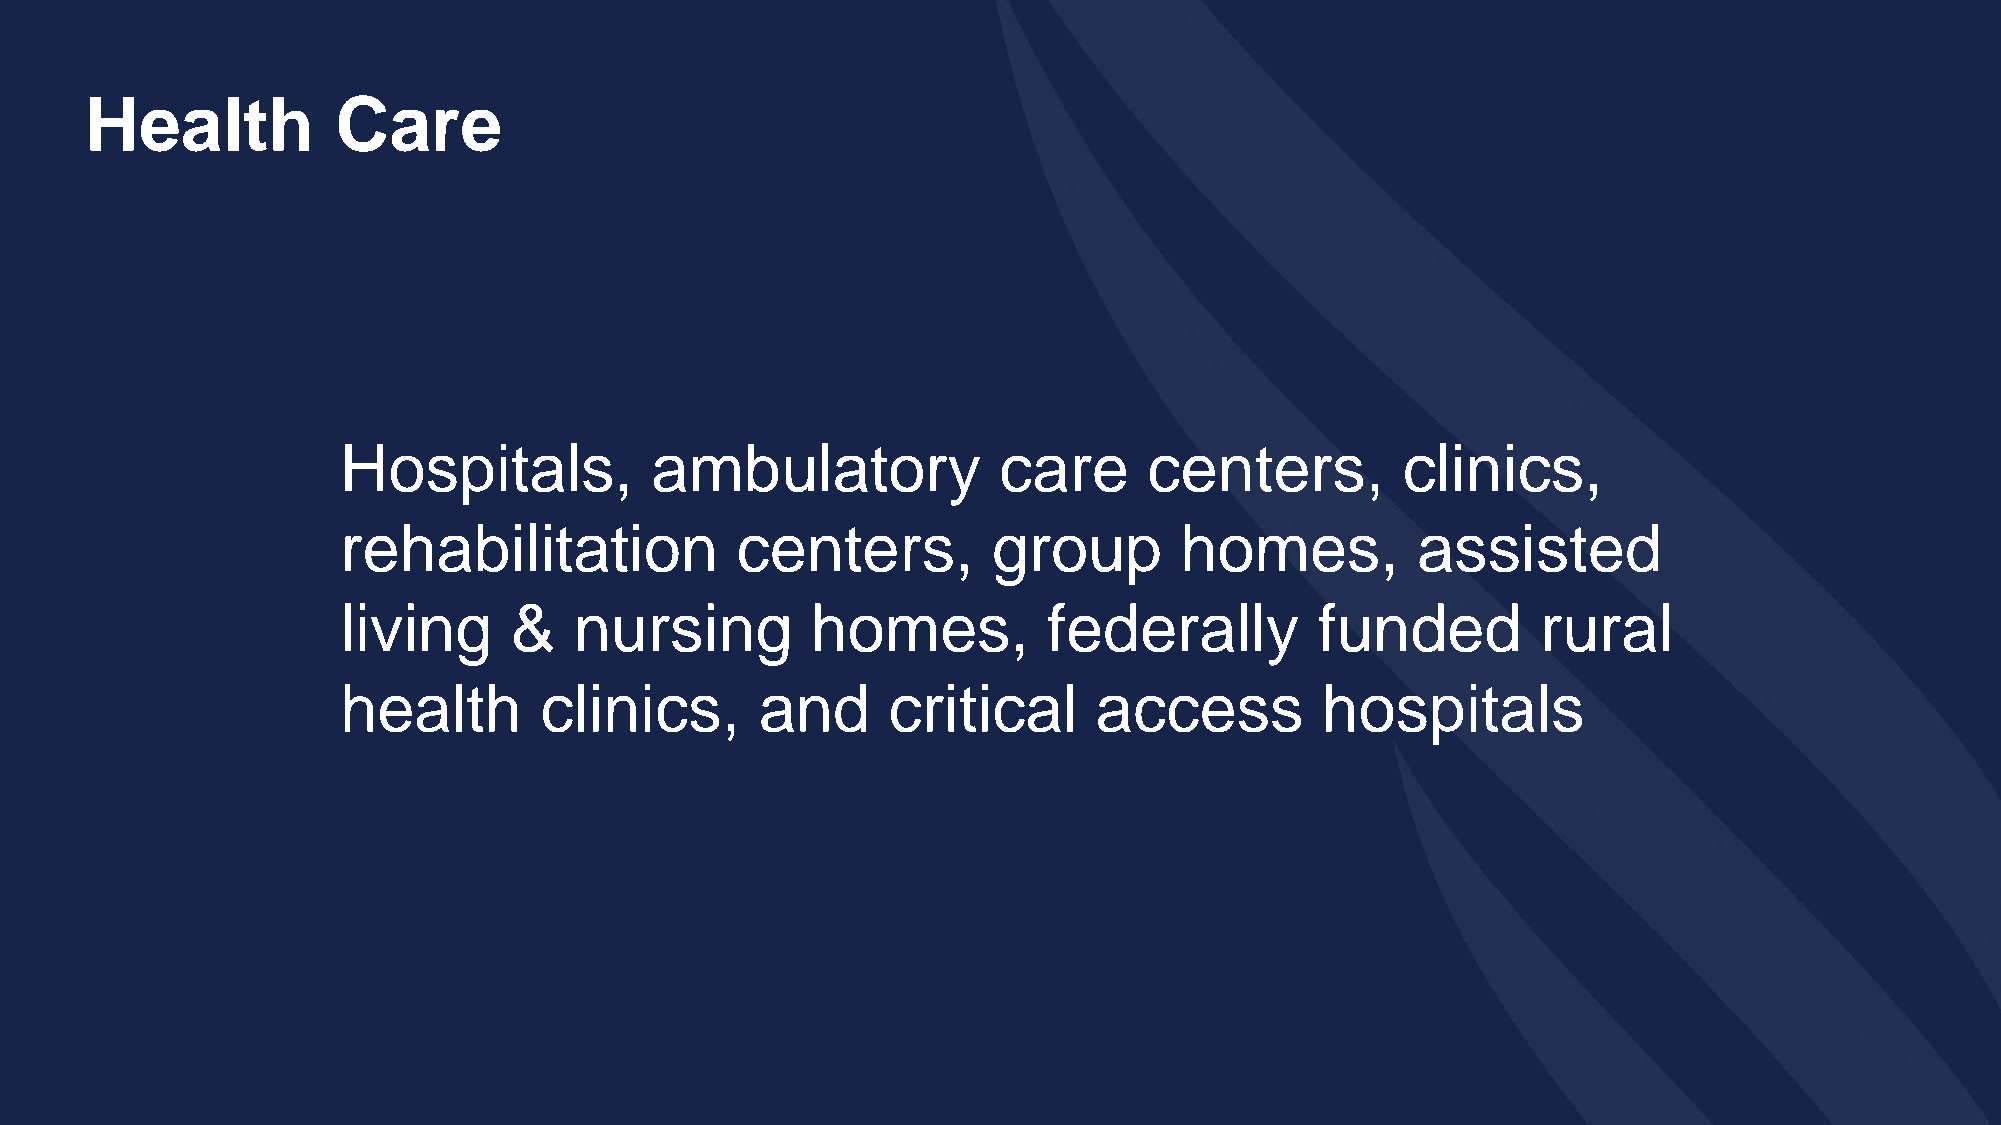
Health          Care
 Hospitals,          ambulatory             care      centers,         clinics,
 rehabilitation            centers,         group       homes,          assisted
 living     &   nursing         homes,         federally         funded         rural
 health       clinics,      and      critical      access        hospitals